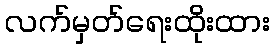
လက်မှတ်ရေးထိုးထား